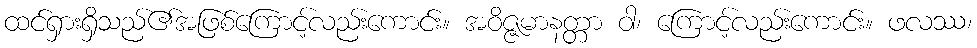
ထင်ရှားရှိသည်၏အဖြစ်ကြောင့်လည်းကောင်း။ အဝိဇ္ဇမာနတ္တာ ဝါ၊ ကြောင့်လည်းကောင်း။ ဖလဿ၊